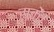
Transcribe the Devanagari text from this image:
सकेंं।